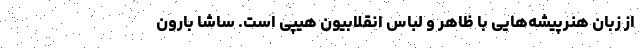
از زبان هنرپیشه‌هایی با ظاهر و لباس انقلابیون هیپی است. ساشا بارون